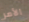
الأمر